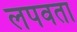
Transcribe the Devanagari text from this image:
लपवता